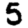
Digit: 5